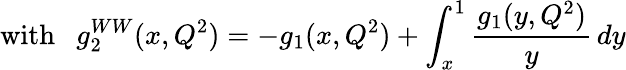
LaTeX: \mathrm{with}\ \ \ g_{2}^{WW}(x,Q^{2})=-g_{1}(x,Q^{2})+\int_{x}^{1}\frac{g_{1}(y,Q^{2})}{y}\, dy